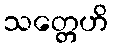
သတ္တေဟိ